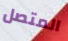
المتصل